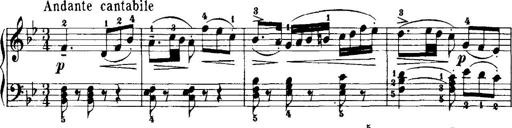
Title: 7 Sonatinas
Composer: Anton Diabelli